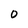
Character: 0